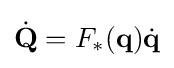
{\dot {\mathbf {Q} }}=F_{*}(\mathbf {q} ){\dot {\mathbf {q} }}